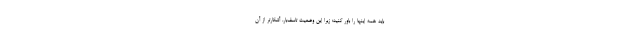
باید همه اینها را باور کنید؛ زیرا این وضعیت تاسف‌بار، آشکارتر از آن